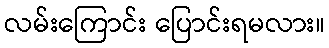
လမ်းကြောင်း ပြောင်းရမလား။